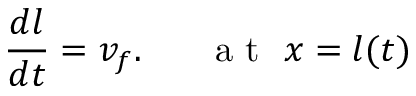
\frac { d l } { d t } = v _ { f } . ~ ~ ~ ~ ~ \mathrm { ~ a ~ t ~ } ~ x = l ( t )